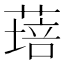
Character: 𦹷